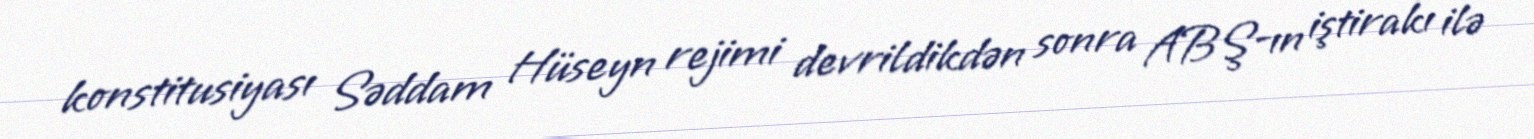
konstitusiyası Səddam Hüseyn rejimi devrildikdən sonra ABŞ-ın iştirakı ilə